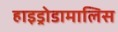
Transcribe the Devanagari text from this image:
हाइड्रोडामालिस